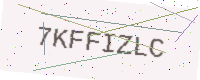
Text: 7KFFIZLC